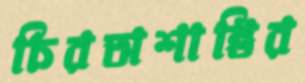
চিরঅশান্তির